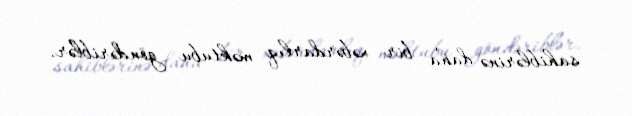
sahiblərinə daha bir xəbərdarlıq məktubu göndəriblər.